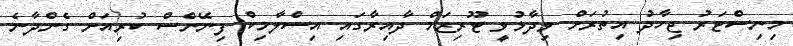
މިނިސްޓަރު ޖިހާދު އިތުރަށް ވިދާޅުވީ ޓޫރިޒަމް ދާއިރާގައި އިސްލާމިކް ފިނޭންސް ކުރިއަށް ގެންދާނެ